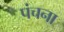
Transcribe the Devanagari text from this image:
पंचना